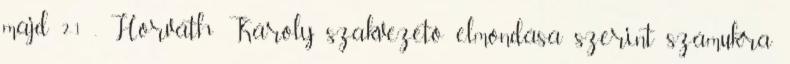
majd 2-1 . Horváth Károly szakvezető elmondása szerint számukra